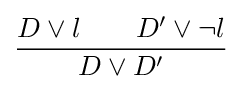
{\frac {D\lor l\qquad D'\lor \neg l}{D\lor D'}}